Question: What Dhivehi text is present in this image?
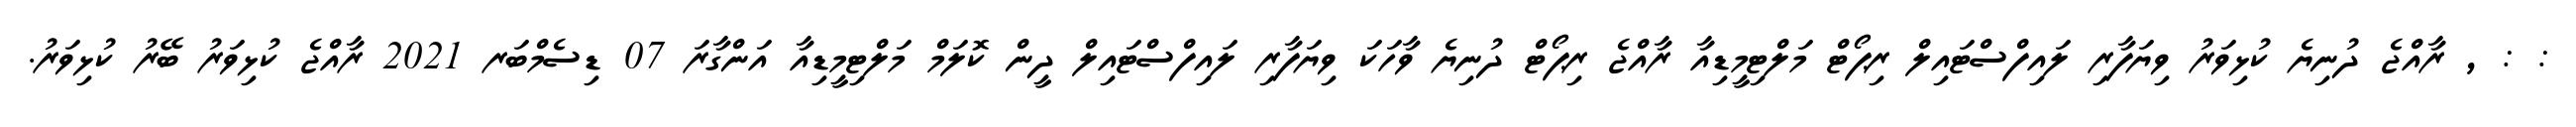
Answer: : : , ރާއްޖެ ދުނިޔެ ކުޅިވަރު ވިޔަފާރި ލައިފްސްޓައިލް ރިޕޯޓް މަލްޓިމީޑިއާ ރާއްޖެ ރިޕޯޓް ދުނިޔެ ވާހަކަ ވިޔަފާރި ލައިފްސްޓައިލް ދީން ކޮލަމް މަލްޓިމީޑިއާ އަންގާރަ 07 ޑިސެމްބަރ 2021 ރާއްޖެ ކުޅިވަރު ބޭރު ކުޅިވަރު.